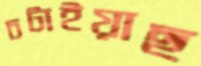
চটাইয়াছ